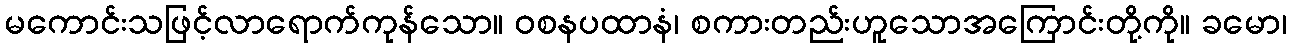
မကောင်းသဖြင့်လာရောက်ကုန်သော။ ဝစနပထာနံ၊ စကားတည်းဟူသောအကြောင်းတို့ကို။ ခမော၊